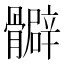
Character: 𩪧